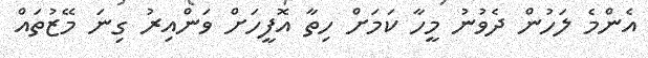
އެންމެ ލަހުން ދެވުނު މީހާ ކަމަށް ހިތާ އޮފީހަށް ވަންއިރު ގިނަ މޭޒުތައް